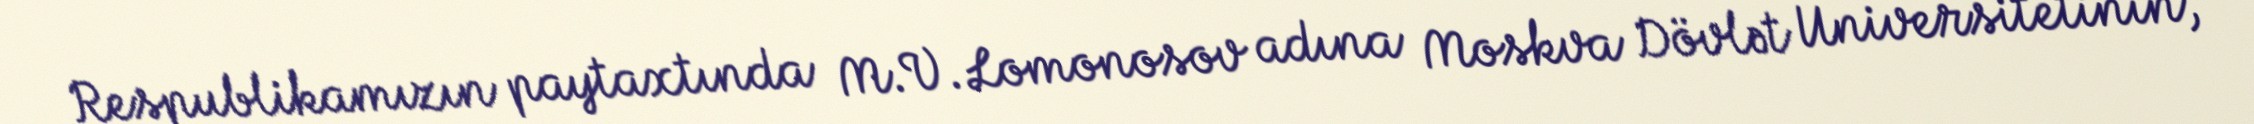
Respublikamızın paytaxtında M.V.Lomonosov adına Moskva Dövlət Universitetinin,